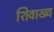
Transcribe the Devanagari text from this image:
शिवाख्य